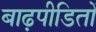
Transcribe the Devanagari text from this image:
बाढ़पीडितों